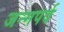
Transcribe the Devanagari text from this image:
जन्मपर्व